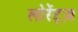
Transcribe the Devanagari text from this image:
लोरेंट्ज़